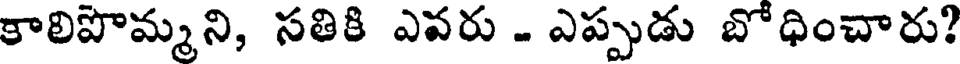
కాలిపొమ్మని, సతికి ఎవరు . ఎప్పుడు బోధించారు?